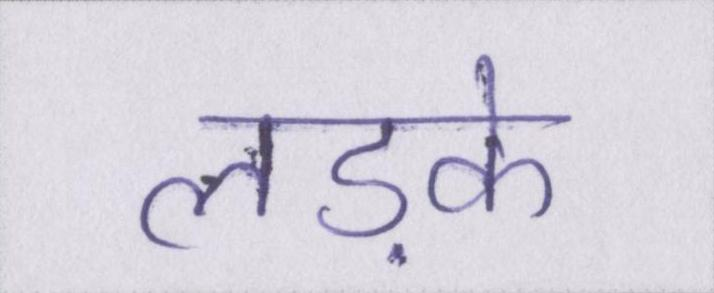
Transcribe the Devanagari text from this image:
लड़के